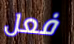
فعل